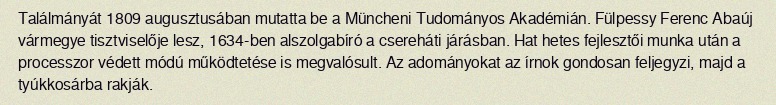
Találmányát 1809 augusztusában mutatta be a Müncheni Tudományos Akadémián. Fülpessy Ferenc Abaúj vármegye tisztviselője lesz, 1634-ben alszolgabíró a csereháti járásban. Hat hetes fejlesztői munka után a processzor védett módú működtetése is megvalósult. Az adományokat az írnok gondosan feljegyzi, majd a tyúkkosárba rakják.